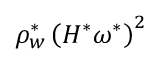
\rho _ { w } ^ { \ast } \left( H ^ { \ast } \omega ^ { \ast } \right) ^ { 2 }